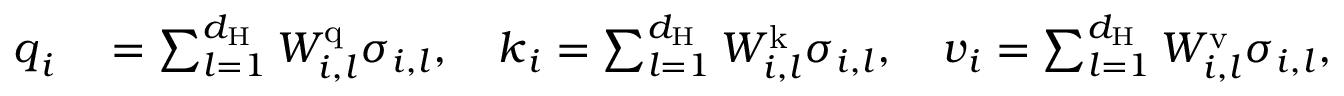
\begin{array} { r l } { \boldsymbol { q } _ { i } } & { { } = \sum _ { l = 1 } ^ { d _ { \mathrm { H } } } W _ { i , l } ^ { \mathrm { q } } \sigma _ { i , l } , \ \ \ \boldsymbol { k } _ { i } = \sum _ { l = 1 } ^ { d _ { \mathrm { H } } } W _ { i , l } ^ { \mathrm { k } } \boldsymbol { \sigma } _ { i , l } , \ \ \ \boldsymbol { v } _ { i } = \sum _ { l = 1 } ^ { d _ { \mathrm { H } } } W _ { i , l } ^ { \mathrm { v } } \boldsymbol { \sigma } _ { i , l } , } \end{array}